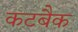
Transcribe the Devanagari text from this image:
कटबैक